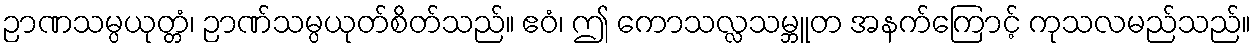
ဉာဏသမ္ပယုတ္တံ၊ ဉာဏ်သမ္ပယုတ်စိတ်သည်။ ဧဝံ၊ ဤ ကောသလ္လသမ္ဘူတ အနက်ကြောင့် ကုသလမည်သည်။